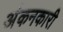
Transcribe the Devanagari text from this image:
अंकनकारी